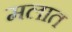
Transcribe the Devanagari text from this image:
मलात